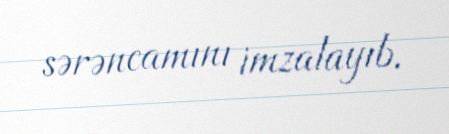
sərəncamını imzalayıb.